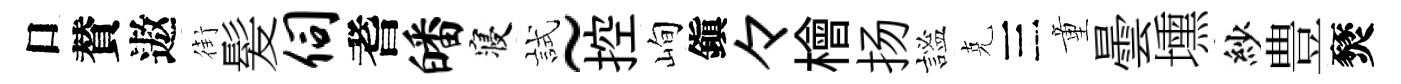
口賛遨街髪伺耆皤寝試~控峋鎭々檜扬謐克三童曇壎紗豊燹